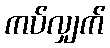
ကပ်လျှက်